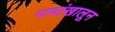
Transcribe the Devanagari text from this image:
गावांखालून